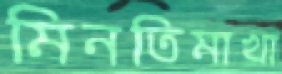
মিনতিমাখা